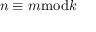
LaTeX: n \equiv m { \bmod { k } }